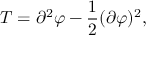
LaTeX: T = \partial ^ { 2 } \varphi - \frac { 1 } { 2 } ( \partial \varphi ) ^ { 2 } ,